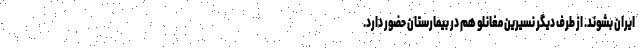
ایران بشوند. از طرف دیگر نسیرین مغانلو هم در بیمارستان حضور دارد.